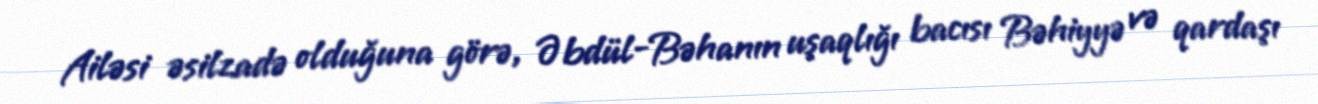
Ailəsi əsilzadə olduğuna görə, Əbdül-Bəhanın uşaqlığı bacısı Bəhiyyə və qardaşı